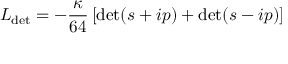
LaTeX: { \cal L } _ { \mathrm { d e t } } = - \frac { \kappa } { 6 4 } \left[ \mathrm { d e t } ( s + i p ) + \mathrm { d e t } ( s - i p ) \right]